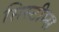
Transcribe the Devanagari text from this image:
सिस्टीम्स